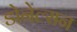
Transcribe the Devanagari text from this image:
डोनेल्सन